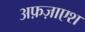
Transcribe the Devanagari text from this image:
अफ़ज़ाएश